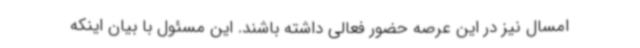
امسال نیز در این عرصه حضور فعالی داشته ‌باشند. این مسئول با بیان اینکه